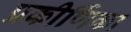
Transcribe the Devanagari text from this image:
प्रकीर्णिका